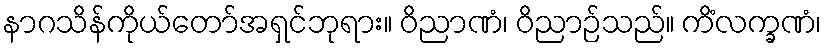
နာဂသိန်ကိုယ်တော်အရှင်ဘုရား။ ဝိညာဏံ၊ ဝိညာဉ်သည်။ ကိံလက္ခဏံ၊